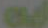
ed